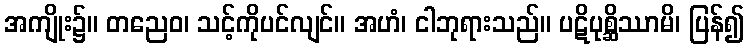
အကျိုး၌။ တညေဝ၊ သင့်ကိုပင်လျင်။ အဟံ၊ ငါဘုရားသည်။ ပဋိပုစ္ဆိဿာမိ၊ ပြန်၍